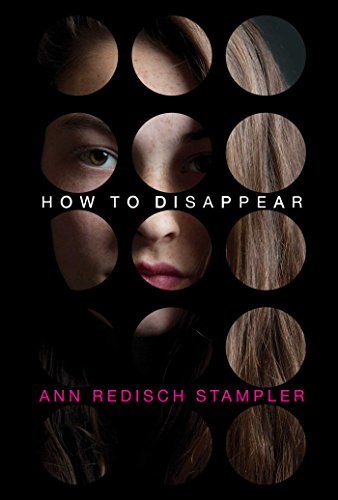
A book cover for How to Disappear; Ann Redisch Stampler; Teen & Young Adult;